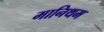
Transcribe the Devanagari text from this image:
मानिथम